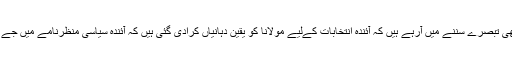
سیاسی حلقوں میں یہ بھی تبصرے سننے میں آرہے ہیں کہ آئندہ انتخابات کےلیے مولانا کو یقین دہانیاں کرادی گئی ہیں کہ آئندہ سیاسی منظرنامے میں جے یو آئی باہر نہیں ہوگی۔